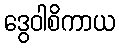
ဒွေဝါစိကာယ